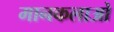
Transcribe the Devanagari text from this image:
मानकलाओ